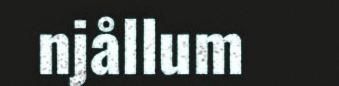
njållum